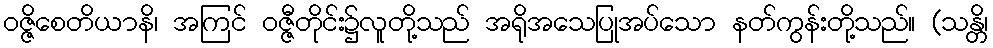
ဝဇ္ဇိစေတိယာနိ၊ အကြင် ဝဇ္ဇီတိုင်း၌လူတို့သည် အရိုအသေပြုအပ်သော နတ်ကွန်းတို့သည်။ (သန္တိ၊